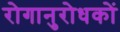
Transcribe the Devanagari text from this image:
रोगानुरोधकों